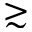
\gtrsim